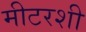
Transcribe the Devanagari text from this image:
मीटरशी